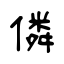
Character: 僯